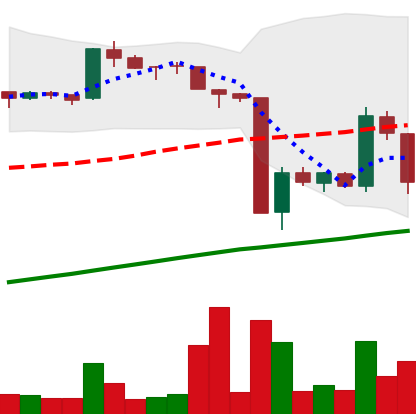
Ticker: BTC-USD
Chart end date: 2016-01-22
Forward return: 3.263%
Label: up_3_5